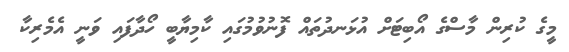
މީގެ ކުރިން މާސްގެ އޯބިޓަށް އުޅަނދުތައް ފޮނުވުމުގައި ކާމިޔާބީ ހޯދާފައި ވަނީ އެމެރިކާ